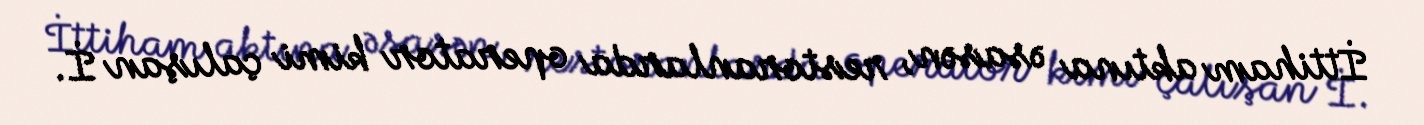
İttiham aktına əsasən, restoranlarda operator kimi çalışan İ.